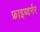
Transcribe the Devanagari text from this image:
फ्राइब्यर्गर